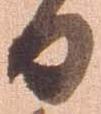
日